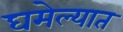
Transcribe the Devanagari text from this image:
घमेल्यात